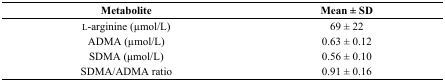
| Metabolite | Mean ± SD |
 | --- | --- |
 | l-arginine (μmol/L) | 69 ± 22 |
 | ADMA (μmol/L) | 0.63 ± 0.12 |
 | SDMA (μmol/L) | 0.56 ± 0.10 |
 | SDMA/ADMA ratio | 0.91 ± 0.16 |